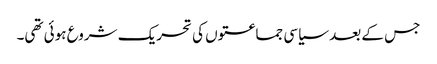
جس کے بعد سیاسی جماعتوں کی تحریک شروع ہوئی تھی۔